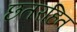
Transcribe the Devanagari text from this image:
छतरहित